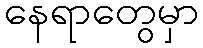
နေရာတွေမှာ